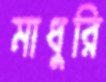
মাধুরি